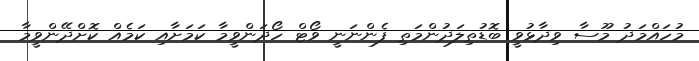
މުހައްމަދު މޫސާ ވިދާޅުވީ ބޮޑުތިލަދުންމަތި ފެންނަނީ ވޯޓް ހޯދަންވީމާ ކަމަށާއި ކަމެއް ކޮށްދޭންވީމާ